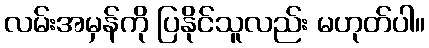
လမ်းအမှန်ကို ပြနိုင်သူလည်း မဟုတ်ပါ။